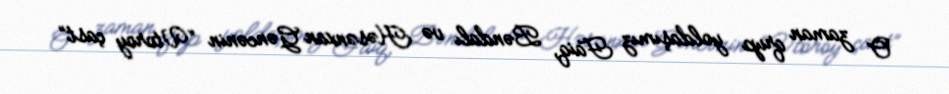
O zaman qrup yoldaşımız Faiq, Bəndalı və Həsənxan Gəncənin “Vtoroy çast”